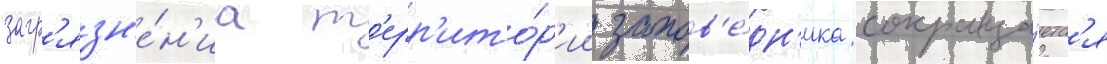
загр'язн'е́н'иа т'ерр'ито́р'ии запов'е́дн'ика сокраща́етс'я